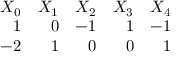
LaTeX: \begin{array} { r r r r r } { { X _ { 0 } } } & { { X _ { 1 } } } & { { X _ { 2 } } } & { { X _ { 3 } } } & { { X _ { 4 } } } \\ { { 1 } } & { { 0 } } & { { - 1 } } & { { 1 } } & { { - 1 } } \\ { { - 2 } } & { { 1 } } & { { 0 } } & { { 0 } } & { { 1 } } \end{array}